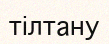
тілтану